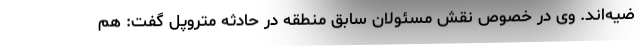
ضیه‌اند. وی در خصوص نقش مسئولان سابق منطقه در حادثه متروپل گفت: هم